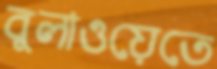
বুলাওয়েতে